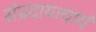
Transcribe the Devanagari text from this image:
संप्रदायाचार्य